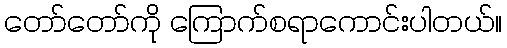
တော်တော်ကို ကြောက်စရာကောင်းပါတယ်။